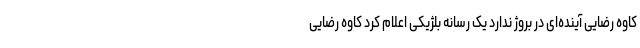
کاوه رضایی آینده‌ای در بروژ ندارد یک رسانه بلژیکی اعلام کرد کاوه رضایی